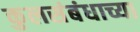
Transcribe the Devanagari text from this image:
कुलसंबंधाच्या